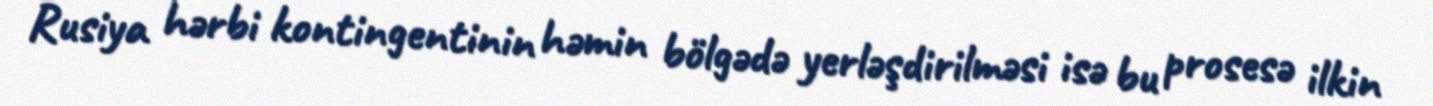
Rusiya hərbi kontingentinin həmin bölgədə yerləşdirilməsi isə bu prosesə ilkin